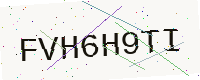
Text: FVH6H9TI